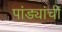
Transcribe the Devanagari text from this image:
पांड्यांची